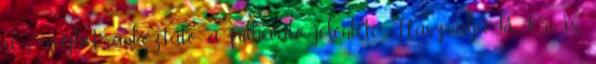
sem megbotránkoztató a fülbevaló jelenléte. Használja ki Ön is